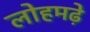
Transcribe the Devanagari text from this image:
लोहमढ़े